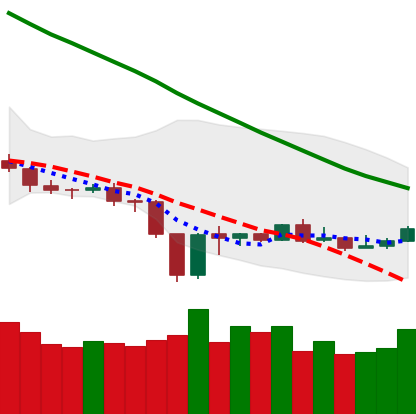
Ticker: BNB-USD
Chart end date: 2019-12-28
Forward return: -4.95%
Label: down_3_5